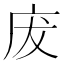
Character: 𢇷